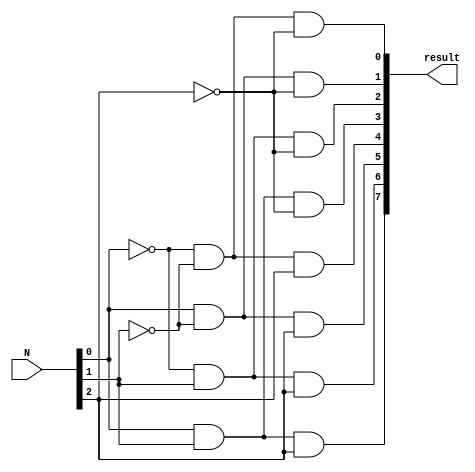

module decypher(
    input [2:0] N,
    output [7:0] result
);

    assign result[0] = ~N[0] & ~N[1] & ~N[2];
    assign result[1] = N[0] & ~N[1] & ~N[2];
    assign result[2] = ~N[0] & N[1] & ~N[2];
    assign result[3] = N[0] & N[1] & ~N[2];
    assign result[4] = ~N[0] & ~N[1] & N[2];
    assign result[5] = N[0] & ~N[1] & N[2];
    assign result[6] = ~N[0] & N[1] & N[2];
    assign result[7] = N[0] & N[1] & N[2];
    
endmodule